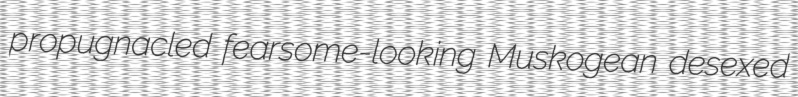
propugnacled fearsome-looking Muskogean desexed